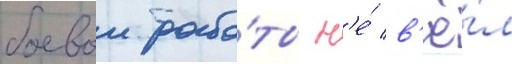
боевои рабо́ты н'е́ в'ё́л